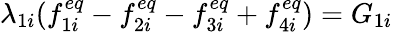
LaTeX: \lambda_{1i}(f_{1i}^{eq}-f_{2i}^{eq}-f_{3i}^{eq}+f_{4i}^{eq})=G_{1i}